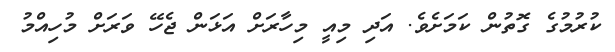
ކުރުމުގެ ގޮތުން ކަމަށެވެ. އަދި މިއީ މިހާރަށް އަޅަން ޖެހޭ ވަރަށް މުހިއްމު